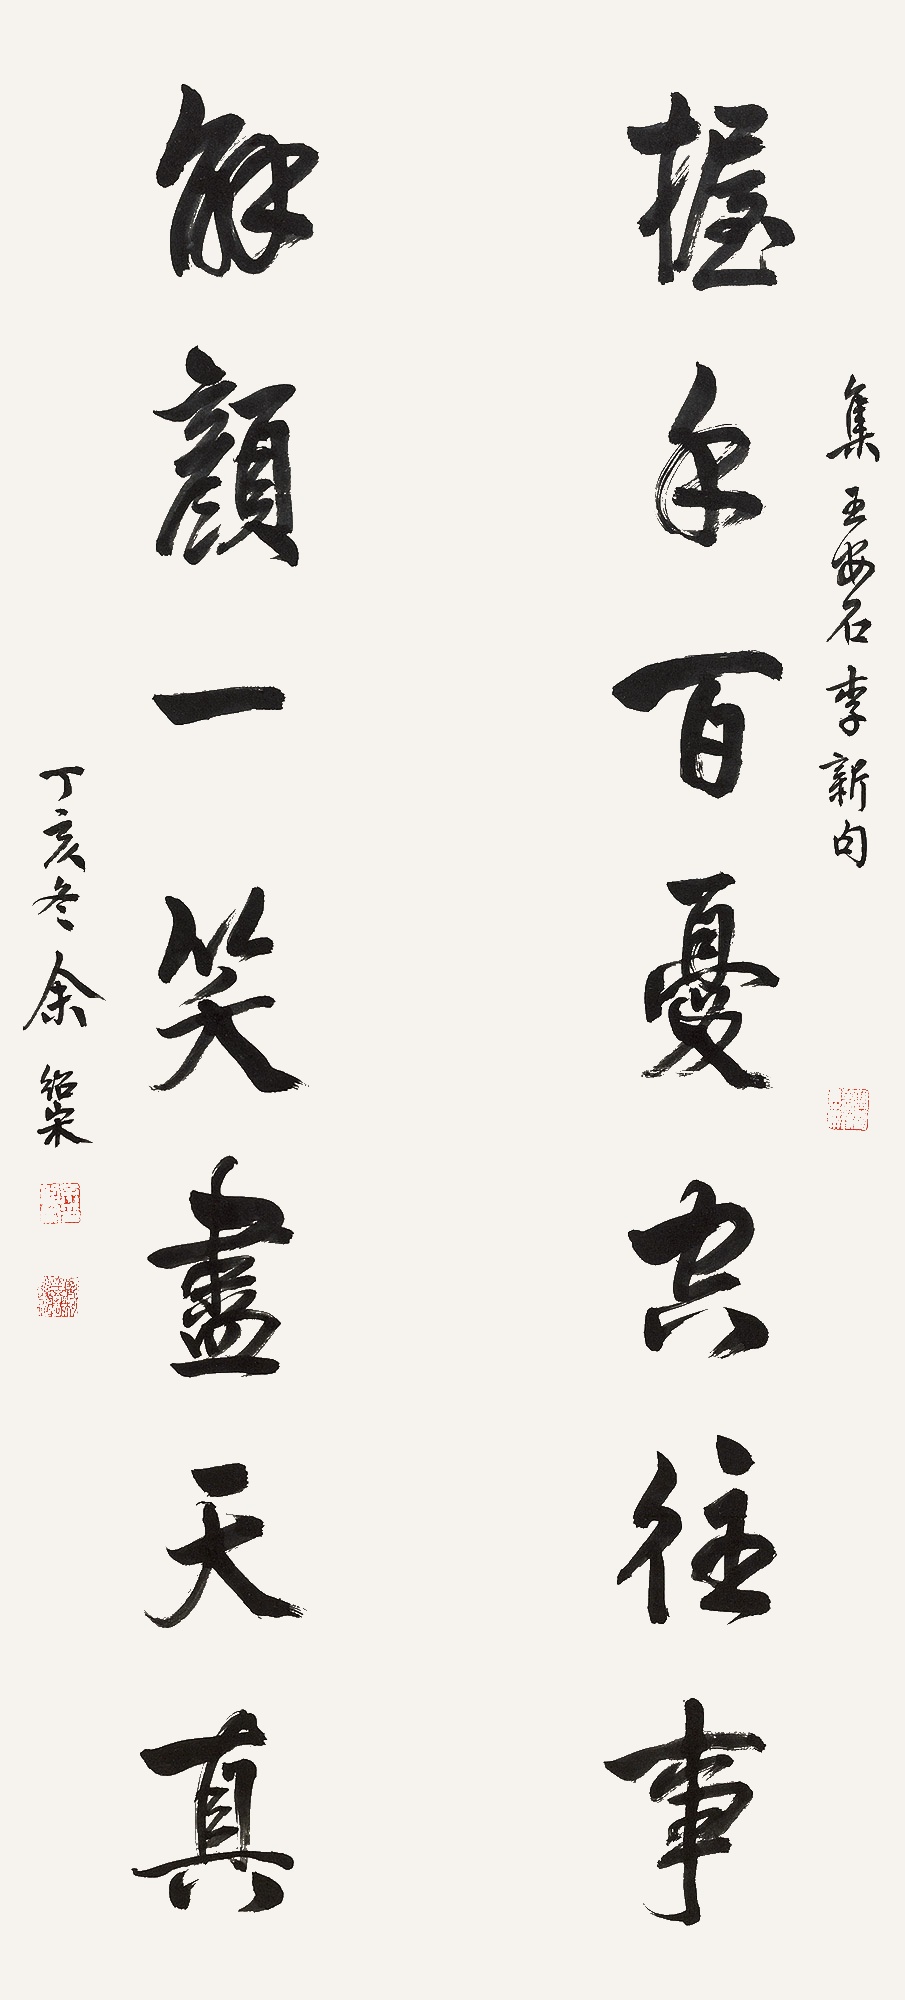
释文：握手百忧空往事，解颜一笑尽天真。集王安石李新句，丁亥冬余绍宋。